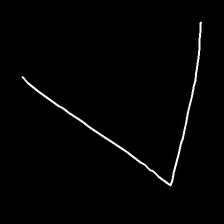
Glyph: region